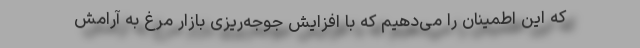
که این اطمینان را می‌دهیم که با افزایش جوجه‌ریزی بازار مرغ به آرامش